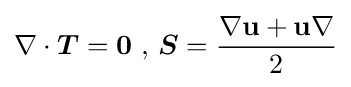
\nabla \cdot {\boldsymbol {T}}=\mathbf {0} \,\,,\,{\boldsymbol {S}}={\frac {\nabla \mathbf {u} +\mathbf {u} \nabla }{2}}